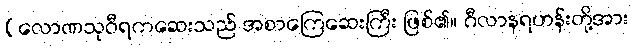
(လောဏသုဝီရကဆေးသည် အစာကြေဆေးကြီး ဖြစ်၏။ ဂီလာနရဟန်းတို့အား